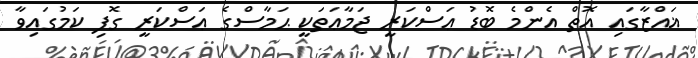
ޣައްޒާގައި އޮތް އެންމެ ބޮޑު ޢަސްކަރީ ޖަމާޢަތަކީ ޙަމާސްގެ ޢަސްކަރީ ގޮފި ކަމުގައިވާ